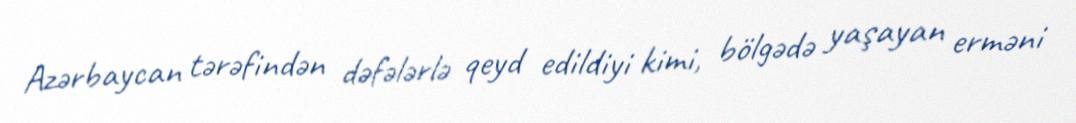
Azərbaycan tərəfindən dəfələrlə qeyd edildiyi kimi, bölgədə yaşayan erməni